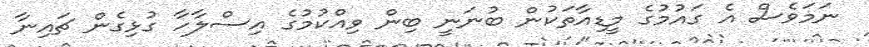
ނަމަވެސް އެ ގައުމުގެ މީޑިއާތަކުން ބުނަނީ ބިން ވިއްކުމުގެ އިސްލާހާ ގުޅިގެން ޗައިނާ